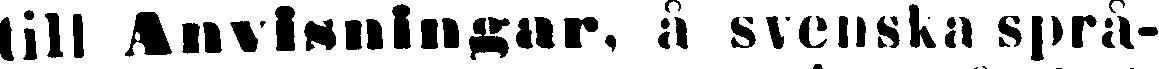
till Anvisningar, å svenska språ-